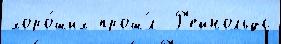
хоро́ших прош́л  Р'ейнольдс